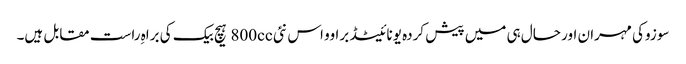
سوزوکی مہران اور حال ہی میں پیش کردہ یونائیٹڈ براوو اس نئی 800cc ہیچ بیک کی براہِ راست مقابل ہیں۔